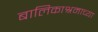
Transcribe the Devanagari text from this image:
बालिकाश्रमाच्या